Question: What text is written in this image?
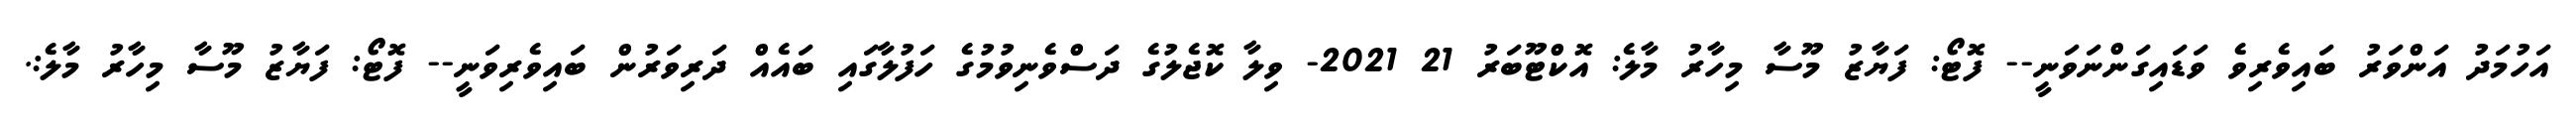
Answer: އަހުމަދު އަންވަރު ބައިވެރިވެ ވަޑައިގަންނަވަނީ-- ފޮޓޯ: ފަޔާޒު މޫސާ މިހާރު މާލެ: އޮކްޓޫބަރު 21 2021- ވިލާ ކޮޖެލުގެ ދަސްވެނިވުމުގެ ހަފުލާގައި ބައެއް ދަރިވަރުން ބައިވެރިވަނީ-- ފޮޓޯ: ފަޔާޒު މޫސާ މިހާރު މާލެ:.